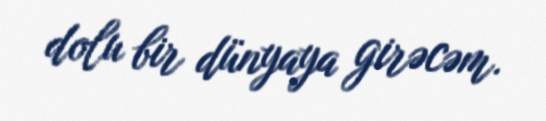
dolu bir dünyaya girəcəm.